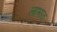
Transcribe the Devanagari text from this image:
लाभात